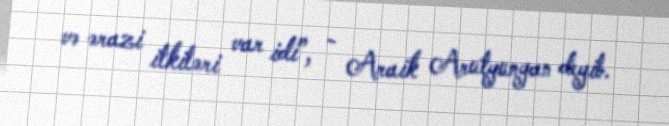
və ərazi itkiləri var idi”, - Araik Arutyunyan deyib.